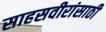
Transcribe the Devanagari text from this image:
साहसवीरांसाठी